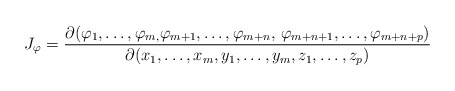
\begin{align*}J_{\varphi }=\frac{\partial (\varphi_{1},\mathellipsis ,\varphi_{m,}\varphi_{m+1},\mathellipsis ,\varphi_{m+n},\thinspace \varphi_{m+n+1},\mathellipsis ,\varphi_{m+n+p})}{\partial (x_{1},\mathellipsis ,x_{m},y_{1},\mathellipsis ,y_{m},z_{1},\mathellipsis ,z_{p})}\end{align*}